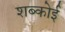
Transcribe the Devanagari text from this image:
शब्कोई